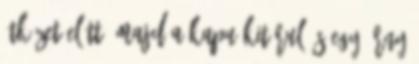
ütközet előtt, majd a kapu kitárul és egy árny